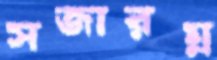
সজারম্ন